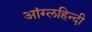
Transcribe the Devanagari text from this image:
आंग्लहिन्दी